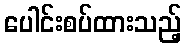
ပေါင်းစပ်ထားသည့်